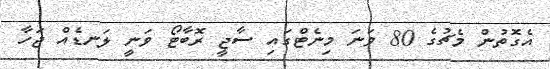
އެގޮތުން މެޗުގެ 80 ވަނަ މިނެޓްގައި ސާޖީ ރޮބާޓޯ ވަނީ ލަނޑެއް ޖަހާ